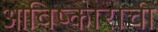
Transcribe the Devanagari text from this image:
आविष्काराची